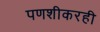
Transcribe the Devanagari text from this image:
पणशीकरही